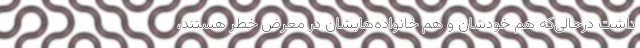
داشت درحالی‌که هم خودشان و هم ‌خانواده‌هایشان در معرض خطر هستند،